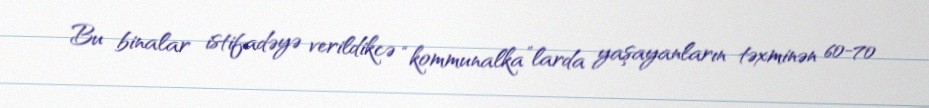
Bu binalar istifadəyə verildikcə “kommunalka”larda yaşayanların təxminən 60-70